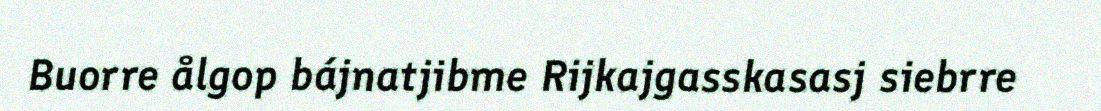
Buorre ålgop bájnatjibme Rijkajgasskasasj siebrre